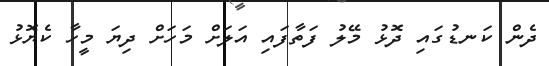
ދެން ކަނޑުގައި ދޮޅު މޭލު ފަތާފައި އަލަށް މަހަށް ދިޔަ މީހާ ކެޔޮޅު